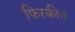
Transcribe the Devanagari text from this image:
फिरकीत